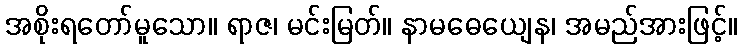
အစိုးရတော်မူသော။ ရာဇ၊ မင်းမြတ်။ နာမဓေယျေန၊ အမည်အားဖြင့်။